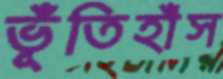
ভূঁতিহাঁস